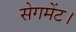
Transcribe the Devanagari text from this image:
सेगमेंट।